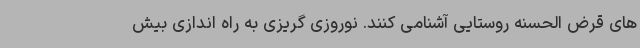
های قرض الحسنه روستایی آشنامی کنند. نوروزی گریزی به راه اندازی بیش